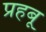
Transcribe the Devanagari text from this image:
प्रहबू